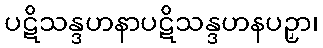
ပဋိသန္ဒဟနာပဋိသန္ဒဟနပဉှာ၊